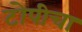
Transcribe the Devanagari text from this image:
टोपीचा